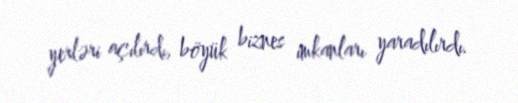
yerləri açılırdı, böyük biznes imkanları yaradılırdı.